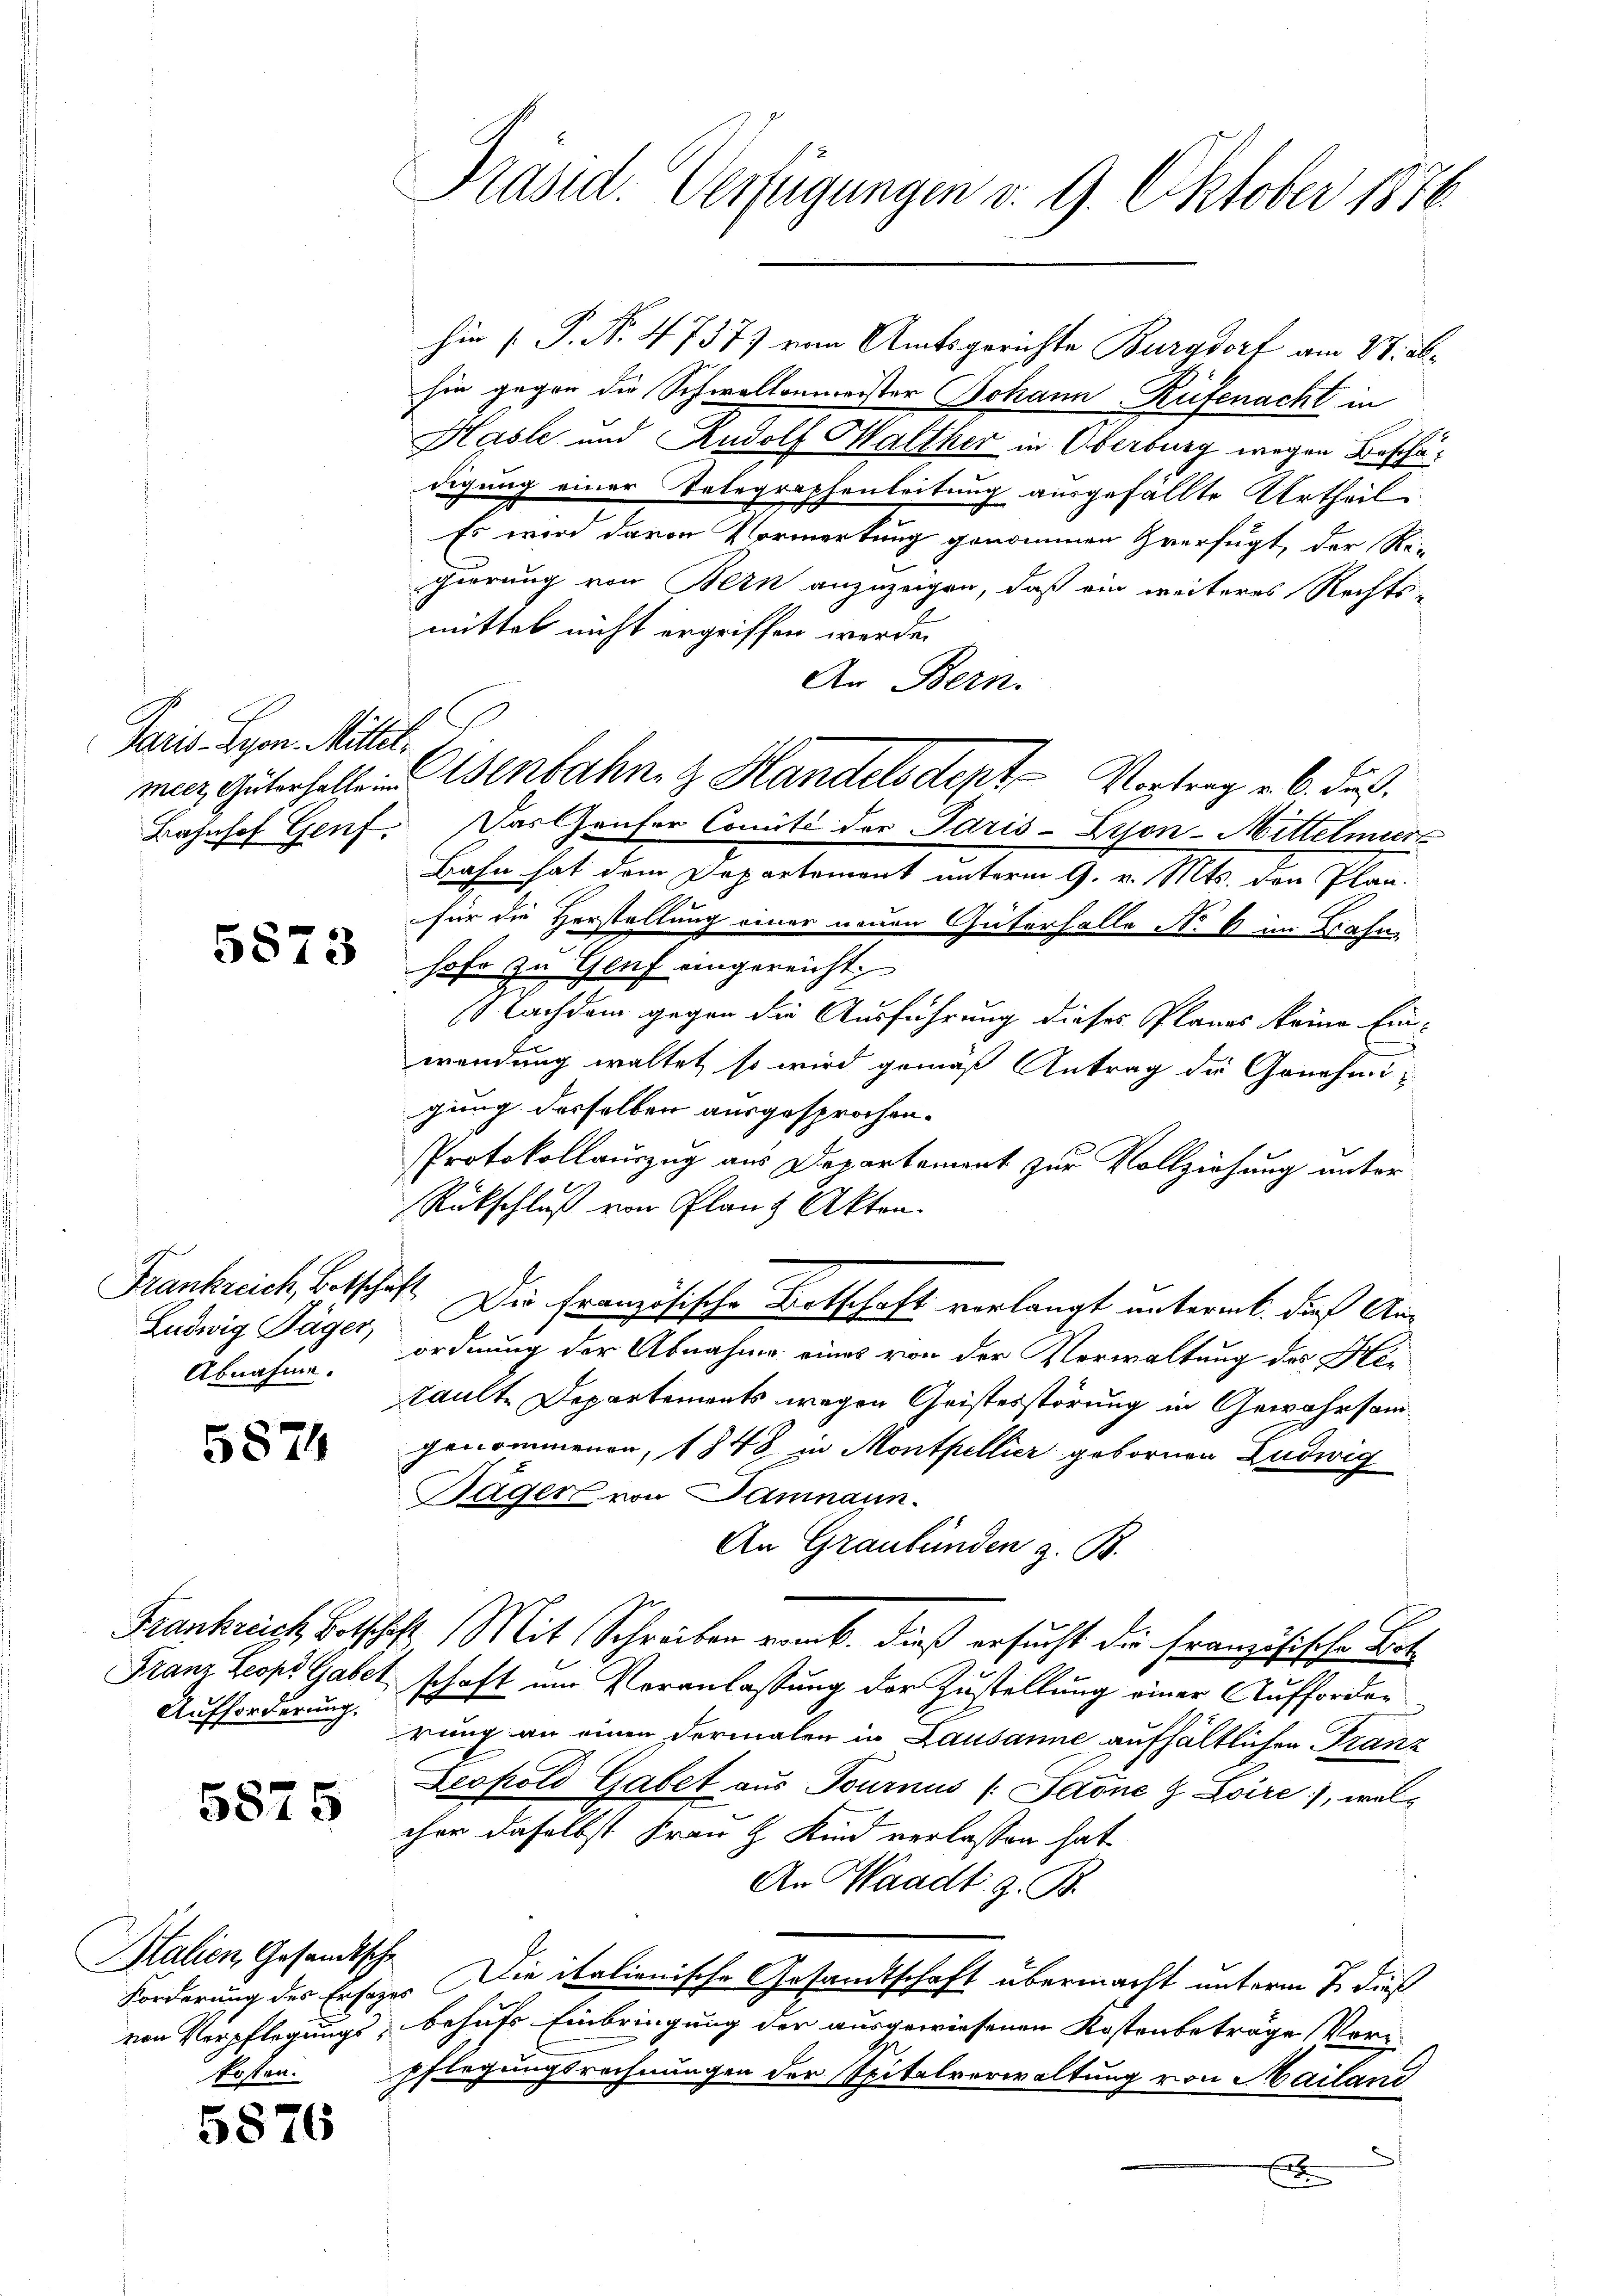
Paris. Lyon. Mittel

5873

Ludwig Täger,
Abnahme.

5874

Aufforderung.

5875

Btalien, Gesandtsche
kosten.

5876

hin [P. Nr. 4737) von Amtsgerichte Burgdorf am 28. absie gegen die Schwollenmeister Johann Rüfenacht in
Hasle und Rudolf Walther in Oberburg wegen Beschädigung einer Telegraphenleitung ausgefällte Urtheil
Es wird davon Vormerkung genommen verfügt, der Regierung von Bern anzuzeigen, daß ein weiteres Rechts-
mittel nicht ergriffen werde.
An Bern.
Bahnhof Genf. Das Haufer Comité der Paris-Kyon-Mittelmeert
Bahn hat dem Departement unterm 9. v. Mts. den Plan-
für die Herstellung einer neuen Güterhalle No 6 im Bahn
hofe zu Genf eingereicht.
Nachdem gegen die Ausführung dieses Planes keine Einwendung waltet, so wird gemäß Antrag die Genehmigung desselben ausgesprochen.
Protokollauszug aus Departement zur Vollziehung unter
Rückschluß von Planz Akten.
Frankreich, Betschäft. Die Französische Botschaft verlangt untermt. dies Anordnung der Abnahme eines von der Verwaltung des Hetaulte Departements wegen Geistesstörung in Gewahrsamgenommenen, 1848 in Montpellier gebornen Ludwig
Bager von Samnaun.
An Graubünden z. B.
Frankreich Betschaft Mit Schreiben vom 6. dieß ersucht die Französische Bet
Franz Scopi Gabel schaft und Veranlassung der Zustellung einer Aufforderung an einen dermalen in Lausanne aufhältlichen Franz
Leopold Gabet aus Tournus (: Sadne & Loire, welcher daselbst Frau & Kind verlassen hat.
An Waadt z. B.
Forderung des Ersages Die italienische Gesandtschaft übermacht unterm 7. dieß
von Verpflegungs behufs Einbringung der ausgewiesenen Kostenbeträge Vori-
Pflegungsrechnungen der Spitalverwaltung von Mailani
x

Präsid. Verfügungen v. 9. Oktober 1876.

mer, Güterhalte in Werbahn, z. Handelsdept Vortrag v. 6. das